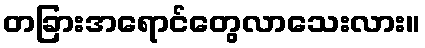
တခြားအရောင်တွေလာသေးလား။